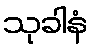
သုခါနံ